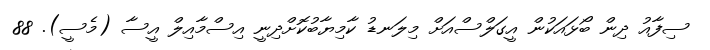
ސިފާއު ދިން ބޯޅައަކުން އީގަލްސްއަށް މިލަނޑު ކާމިޔާބުކޮށްދިނީ އިސްމާއިލް އީސާ (މެސީ). 88